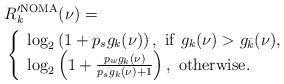
LaTeX: \begin{align*} &R_k^{\prime\rm NOMA}(\nu)=\\ &\left\{\begin{array}{l} \log_2\left(1+p_sg_k(\nu)\right), \ {\rm if}\ g_k(\nu)>g_{\bar k}(\nu), \\ \log_2\left(1+\frac{p_wg_k(\nu)}{p_sg_k(\nu)+1}\right), \ {\rm otherwise.}\end{array}\right. \end{align*}